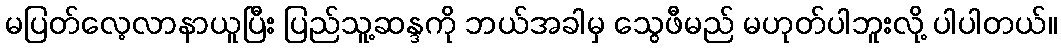
မပြတ်လေ့လာနာယူပြီး ပြည်သူ့ဆန္ဒကို ဘယ်အခါမှ သွေဖီမည် မဟုတ်ပါဘူးလို့ ပါပါတယ်။